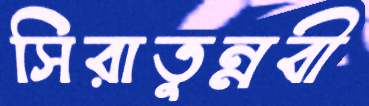
সিরাতুন্নবী